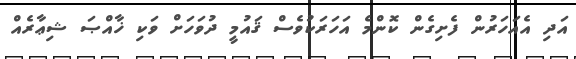
އަދި އެއަހަރުން ފެށިގެން ކޮންމެ އަހަރަކުވެސް ޤައުމީ ދުވަހަށް ވަކި ޚާއްޞަ ޝިޢާރެއް